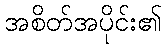
အစိတ်အပိုင်း၏